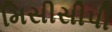
મિસીસીપી